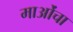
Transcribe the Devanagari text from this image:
माओंचा